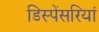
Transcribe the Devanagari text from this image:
डिस्पेंसरियां